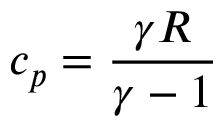
c _ { p } = { \frac { \gamma R } { \gamma - 1 } }